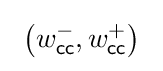
\ \left(w_{\mathsf {cc}}^{-},w_{\mathsf {cc}}^{+}\right)\